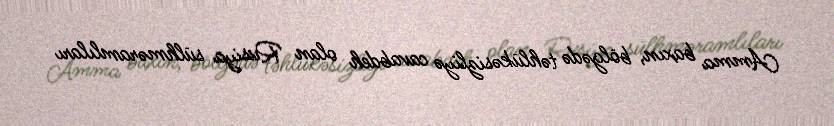
Amma baxın, bölgədə təhlükəsizliyə cavabdeh olan Rusiya sülhməramlıları